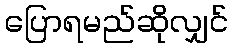
ပြောရမည်ဆိုလျှင်